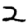
Digit: 2